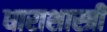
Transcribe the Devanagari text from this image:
धाराशास्त्री